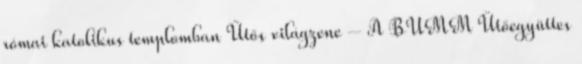
római katolikus templomban Ütős világzene – A BUMM Ütőegyüttes